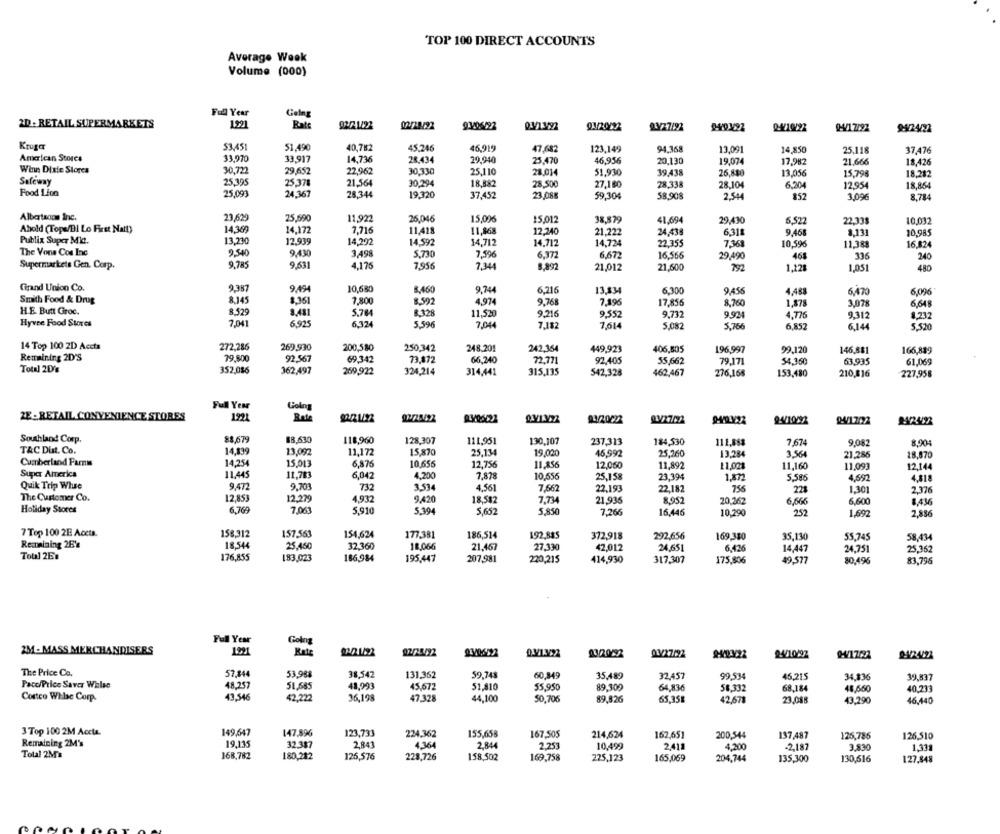
TOP 100 DIRECT ACCOUNTS
Average Week
Volume (000)
Full Year
2D - RETAIL SUPERMARKETS
1921
Rate
927.1/22
03/13492
2.927/92
2-491692
Kruga
53,451
51,490
40,782
45,246
46,919
47,682
123,149
94.368
13,091
14,850
25.118
37,476
American Storce
33,970
33,917
14,736
28.434
29,940
25,470
46,956
20,130
19,074
17.982
21.666
18,426
Winn Dixie Stores
30,722
29.652
22.962
30.330
25,110
28.014
51.930
39.438
26,880
13,056
15.798
18,282
Safeway
25.395
25.378
21,564
30.294
18,882
28.500
27,180
28,338
28.104
6,204
12.954
18,854
Food Lion
25,093
24,367
28,344
19,320
37,452
23,08%
59,304
58,908
2.544
857
3,096
8,784
Albertsons Inc.
23,629
25,590
11,922
26.046
15,0%
15,012
38,879
41,694
29,430
6,522
22,338
10,032
Ahold (Tops/Bl Lo First Natt)
14,369
14,172
7,716
11.418
11,468
12,240
21.222
24,438
6,311
9,468
8.131
10.985
Publix Super Mia.
13.230
12.939
14,292
14.592
14,712
14,712
14,724
22.355
7,36
10,596
11,388
The Vons Cos Inc
9.540
9.430
16.824
3,498
5,730
7,596
6,372
6.672
16.566
29,490
468
335
240
Supermarkets Gen. Corp.
9.785
9,631
4.176
7,956
7,344
8,892
21,012
21,600
792
1,121
48C
1,051
Gigand Union Co.
9,387
9.494
10,680
8,460
9.744
6,216
13.134
6.300
9.456
4,483
6,470
6,096
Smith Food & Drug
8,145
3.361
7,800
8.592
4,974
9.768
7,196
17,856
8,760
1.878
3,078
6,648
HE Butt Groc.
8.529
3.481
5.784
& 328
11,520
9.216
9.552
9.732
9.924
4,776
9.312
8,232
Hyvee Food Stores
7.041
6.925
6,324
5.596
7.044
7.182
7,614
5,082
5,766
6,852
6.144
5,520
14 Top 100 2D Accts
272,286
269,930
200,580
250,342
248.201
242,364
449,923
406,505
196,997
99.120
146,881
166,889
Remaining 2D'S
79,800
92.567
69,342
73,872
66.240
72.771
92,405
63,935
55,662
79.171
54.360
61.069
Total 2D's
352,086
362,497
269,922
324,214
314,441
315,135
542,328
462,467
276,168
153,480
210,816
227,958
Full Year
Colog
ZE-RETAIL CONVENIENCE STORES
1921
Rate
03/20222
Southland Corp.
88,679
88,630
118,960
128,307
111,951
130,107
237,313
184,530
111,888
7.674
9,082
8,904
TAC Dust. Co.
14,139
13,092
11,172
15,870
25,134
19,020
46,992
25,260
13.284
3,564
21.286
18,870
Cumberland Farmi
14,254
15,013
6,876
10,656
12,756
11,356
12,060
11,892
11,021
11,160
11,093
12,144
Super America
11,445
11.783
6,042
4,200
7,878
10,656
25,158
23.394
1,872
5,586
4,692
4,818
Quik Trip Whee
9,472
9.701
732
3.534
4.561
7,662
22.193
22,182
756
221
1.301
2,376
The Customer Co.
12,853
12.279
4,932
9,420
18.582
7.734
21,936
8.952
20,262
6.665
6.600
8,436
Holiday Stores
6,769
7,063
5,910
5.394
5,652
5,850
7,266
16.446
10.290
252
1,692
2,886
7 Top 100 2E Aceta.
158.312
157,563
154,624
177.38
186,514
192,885
372,918
292,656
169,380
35,130
55.745
58,434
Remaining 26's
18,544
25,460
32.360
18.066
21,467
27.330
42,012
24,651
6.426
14,447
24,751
25.362
Total 269
176,855
183,023
186,984
195,447
207,981
220,215
317,307
49.577
83.796
414,930
175,806
80,496
Full Year
Going
2M- MASS MERCHANDISERS
02/25/92
0320092
Rate
24/10/92
The Price Co.
57,844
53,988
38,542
131,362
59,743
60,849
35,489
32.457
99,534
45.215
34,836
39,837
Pacc/Price Saver Wilse
48,257
51,685
41.993
45,672
51.810
55,950
89.300
64,836
58.332
68,184
48,660
40,233
Costco Whbe Corp.
43,546
42,222
36,198
47.328
44,100
50,706
89,826
65,351
42,678
23,088
43.290
46,440
3 Top 100 2M Accla.
149,647
147,896
123,733
224.362
155,658
167,505
214,624
162,651
200,544
137,487
125,785
126,510
Remaining 2M's
19,135
32.387
2,843
2.844
4.364
2.253
10,499
2.411
4.200
-2.187
3.830
1.331
Total 2M's
168,782
180,282
126,576
228,726
158,502
169,758
225,123
165,069
204,744
135,300
130,616
127,848